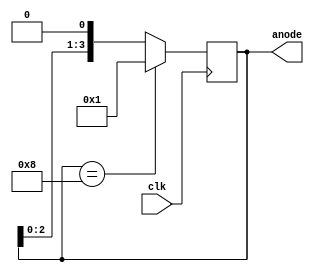
module shift_anode(
	output [3:0] anode,
	input clk
    );
	
	reg [3:0] anode = 1;
	
	//initial anode = 1;
	
	always @ (posedge clk) begin
		//On each clock edge change sevseg outputs and shift anode
		if(anode==4'b1000)
			anode <= 4'b0001;
		else anode=anode<<1;
	end
	
endmodule